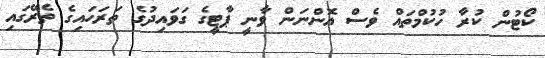
ކޯޓުން ކުރާ ހުކުމްތައް ވެސް އޮންނަން ވާނީ ޕާޓީގެ ގަވައިދުގެ ތަރަހައިގެ ތެރޭގައި